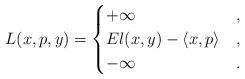
LaTeX: \begin{align*} L(x,p,y) &= \begin{cases} +\infty & ,\\ El(x,y) - \langle x,p\rangle & ,\\ -\infty & . \end{cases}\end{align*}